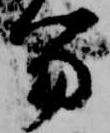
笏